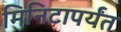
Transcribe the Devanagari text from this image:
मिनिटापर्यंत